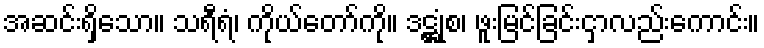
အဆင်းရှိသော။ သရီရံ၊ ကိုယ်တော်ကို။ ဒဋ္ဌုံစ၊ ဖူးမြင်ခြင်းငှာလည်းကောင်း။